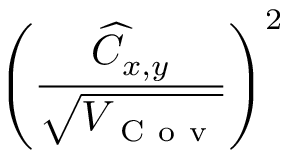
\left( \frac { \widehat { C } _ { x , y } } { \sqrt { V _ { \mathrm { ~ C ~ o ~ v ~ } } } } \right) ^ { 2 }